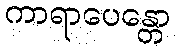
ကာရာပေန္တော